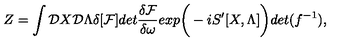
Z = \int { \cal D } X { \cal D } \Lambda \delta [ { \cal F } ] d e t { \frac { \delta { \cal F } } { \delta \omega } } e x p \bigg ( - i S ^ { \prime } [ X , \Lambda ] \bigg ) d e t ( f ^ { - 1 } ) ,